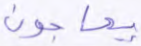
يحاجون